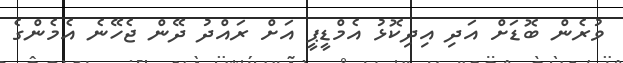
ވުރެން ބޮޑަށް އަދި އިދިކޮޅު އެމްޑީޕީ އަށް ރައްދު ދޭން ޖެހޭނެ އެމެންގެ